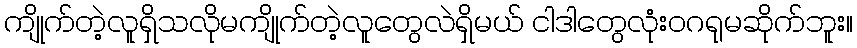
ကျိုက်တဲ့လူရှိသလိုမကျိုက်တဲ့လူတွေလဲရှိမယ် ငါဒါတွေလုံးဝဂရုမဆိုက်ဘူး။